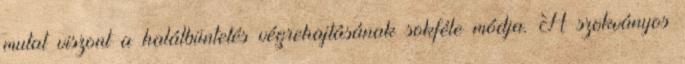
mutat viszont a halálbüntetés végrehajtásának sokféle módja. A szokványos